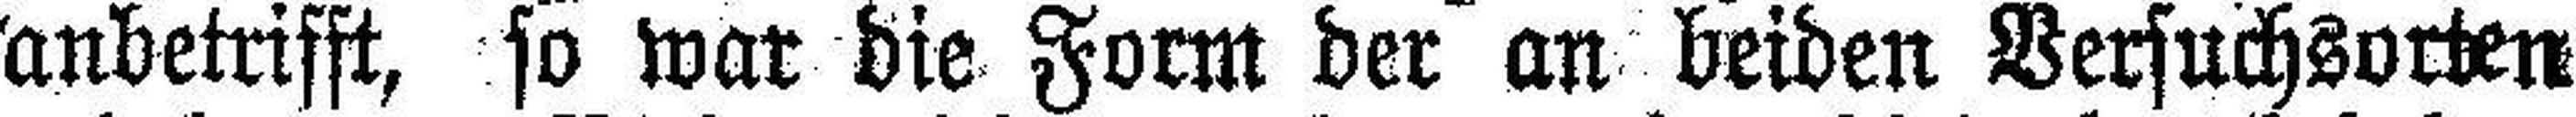
anbetrifft, so war die Form der an beiden Versuchsorten